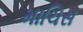
માચિસ